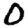
Digit: 0